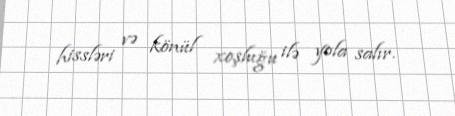
hissləri və könül xoşluğu ilə yola salır.